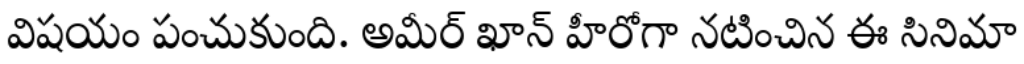
విషయం పంచుకుంది. అమీర్ ఖాన్ హీరోగా నటించిన ఈ సినిమా